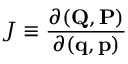
J \equiv { \frac { \partial ( \mathbf { Q } , \mathbf { P } ) } { \partial ( \mathbf { q } , \mathbf { p } ) } }